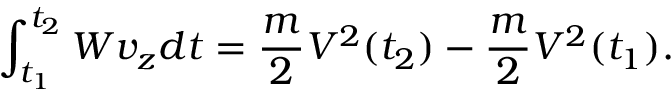
\int _ { t _ { 1 } } ^ { t _ { 2 } } W v _ { z } d t = { \frac { m } { 2 } } V ^ { 2 } ( t _ { 2 } ) - { \frac { m } { 2 } } V ^ { 2 } ( t _ { 1 } ) .